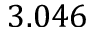
3 . 0 4 6